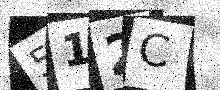
Text: 512C